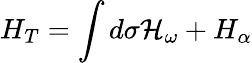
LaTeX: H_{T}=\int d{\sigma}{\cal H}_{\omega}+H_{\alpha}